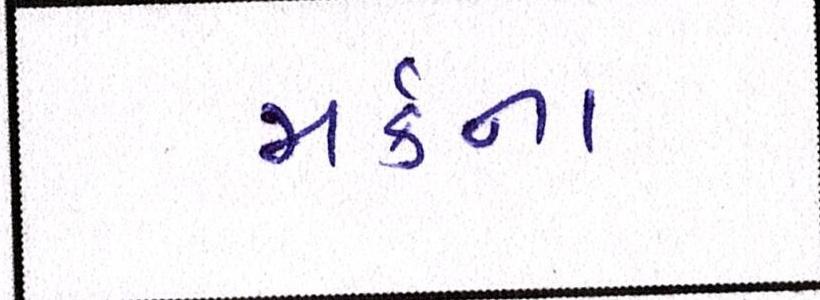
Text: મર્કના